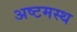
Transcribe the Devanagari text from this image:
अष्टमस्थ